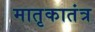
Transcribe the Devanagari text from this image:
मातृकातंत्र